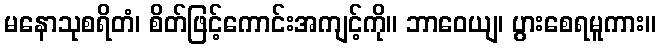
မနောသုစရိတံ၊ စိတ်ဖြင့်ကောင်းအကျင့်ကို။ ဘာဝေယျ၊ ပွားစေရမူကား။